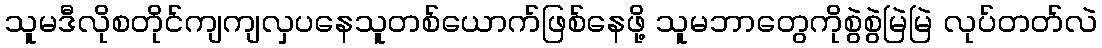
သူမဒီလိုစတိုင်ကျကျလှပနေသူတစ်ယောက်ဖြစ်နေဖို့ သူမဘာတွေကိုစွဲစွဲမြဲမြဲ လုပ်တတ်လဲ